341_110448_Records_Relating_to_the_Collection_and_Dissemination_of_Intelligence_1948-1955-TS_CONT_No.2_2-5300-2-5399
Agency: Department of War
Incident date: 11/8/48
Incident location: Netherlands
Page 6
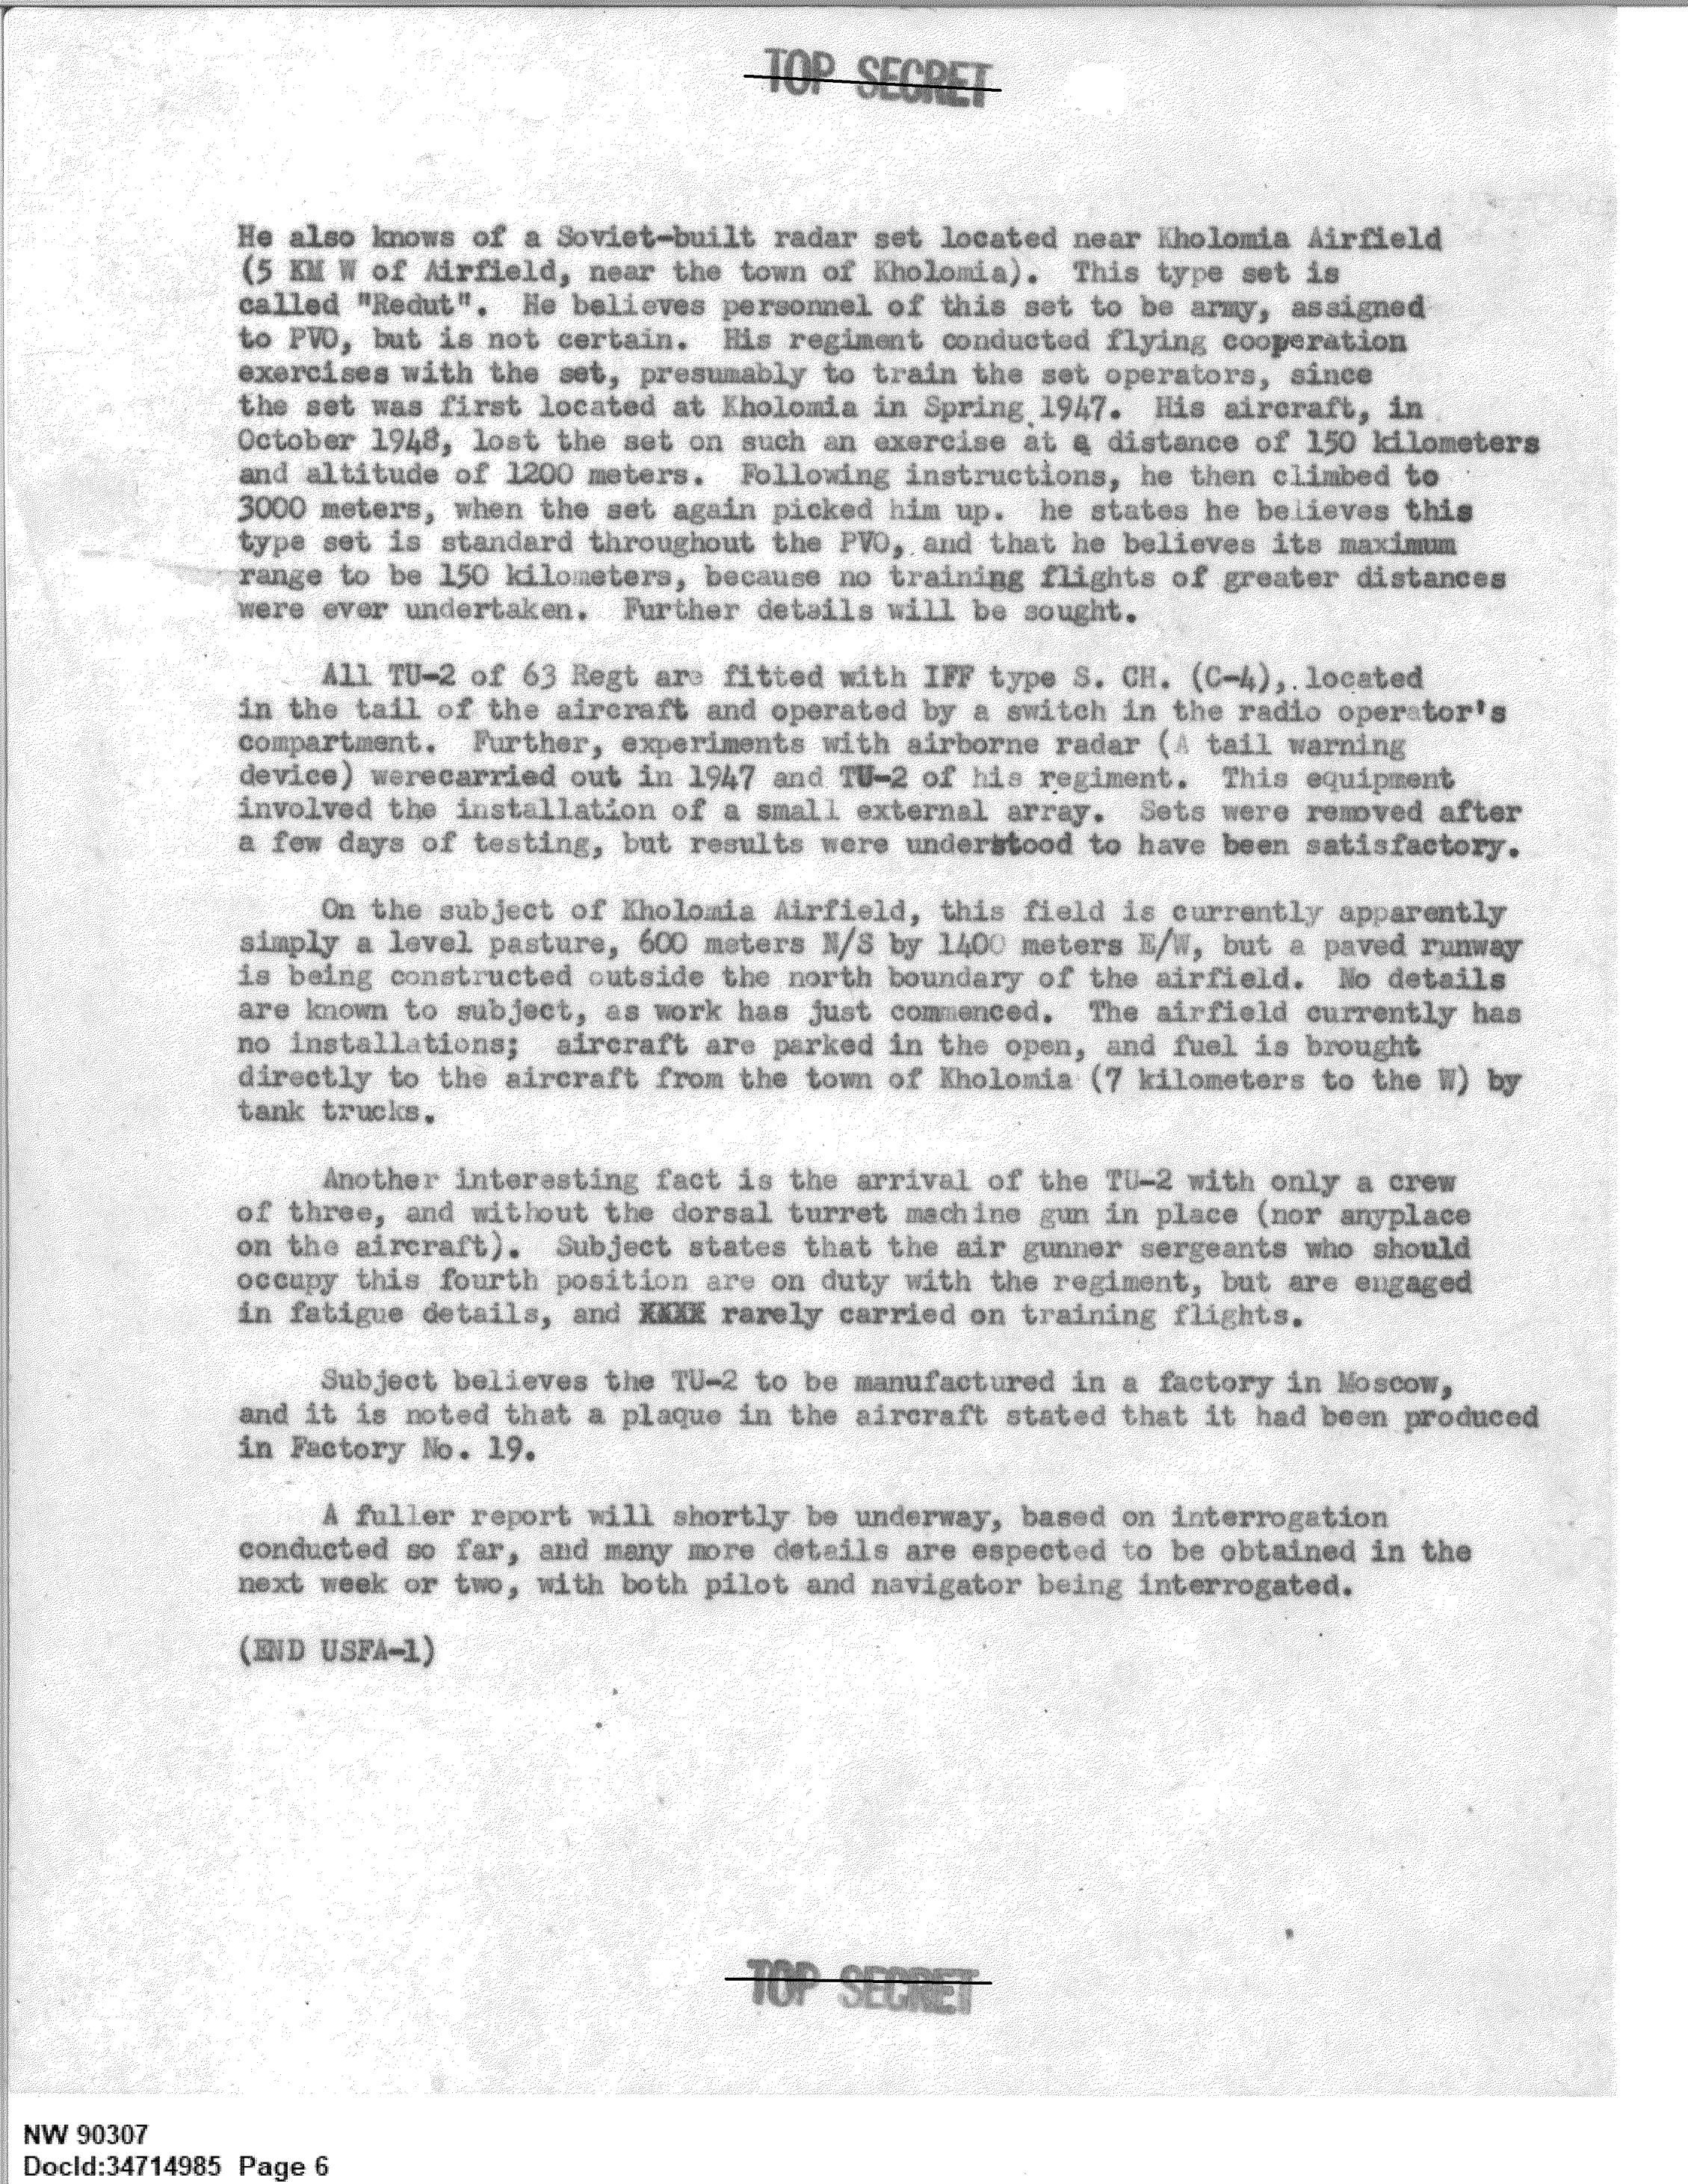